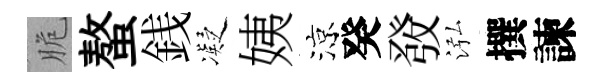
脆螯銭凝姨涼癸𤼲泓撰諫